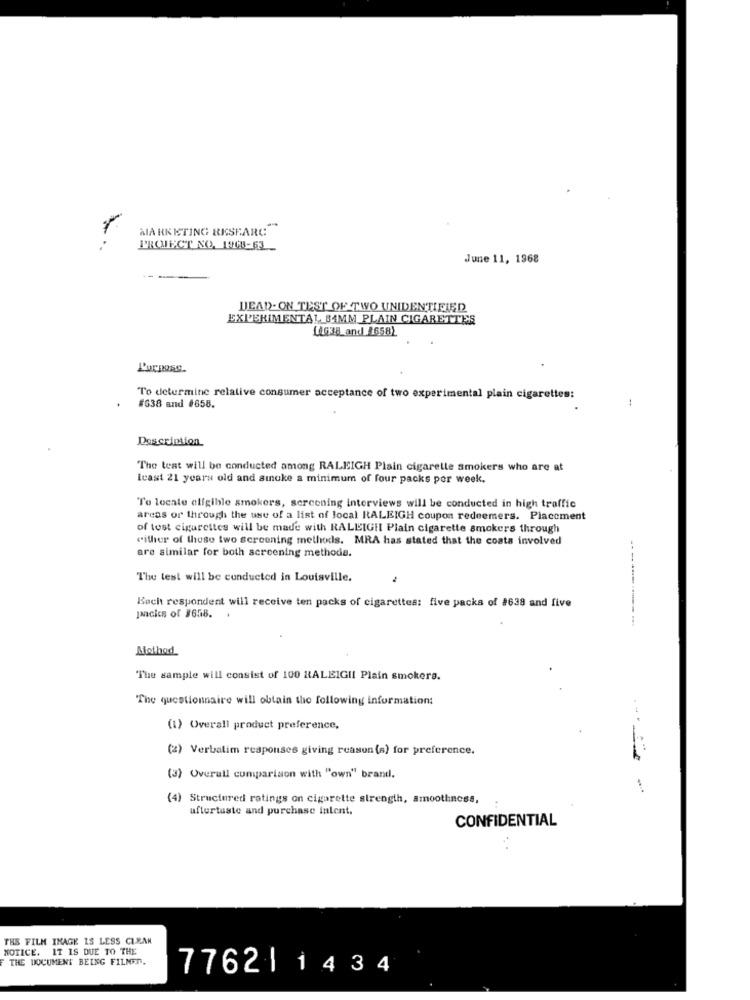
MARKETING RESEARCH
PROJECT NO. 1968-63
June 11, 1368
DEAD-ON TEST OF TWO UNIDENTIFIED
EXPERIMENTA1, 84MM PLAIN CIGARETTES
14638 and 1658)
To determine relative consumer acceptance of two experimental plain cigarettes:
#638 and #658.
Description
The test will be conducted among RALEIGH Plain cigarette smokers who are at
icast 21 years old and smoke a minimum of four packs por week.
To locate eligible smokers, screening interviews will be conducted in high traffic
arcas or through the use of a list of local RALEIGH coupon redeemers. Placement
of tost cigarettes will be made with RALEIGH Plain cigarette smokers through
either of these two screening methods. MRA has stated that the costs involved
are similar for both screening methode.
The test will be conducted in Louisville.
Bach respondent will receive ten packs of cigarettes: five packs of #638 and five
Jancies of #658.
Method
The sample will consist of 100 RALEIGH! Plain smokers.
"The questionnaire will obtain the following information:
(1) Overall product preference,
(2) Verbatim responses giving reason (s) for preference.
(3) Overall comparison with "own" brand.
(4) Structured ratings on cigarette strength, smoothness,
aftertaste and purchase intent.
CONFIDENTIAL
THE FILM IMAGE IS LESS CLEAN
NOTICE. IT IS DUE TO THE
THE DOCUMENT BEING FILMED.
7762 | 1434